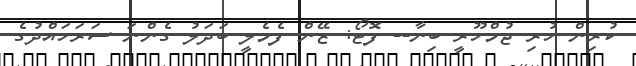
ކުރިން ހުރި ޖުމްހޫރީ ބިނާ-- ފޮޓޯ: ޒޭން ފެމެލީ ބަދަލު ގެންނަ ސަރަހައްދުގެ